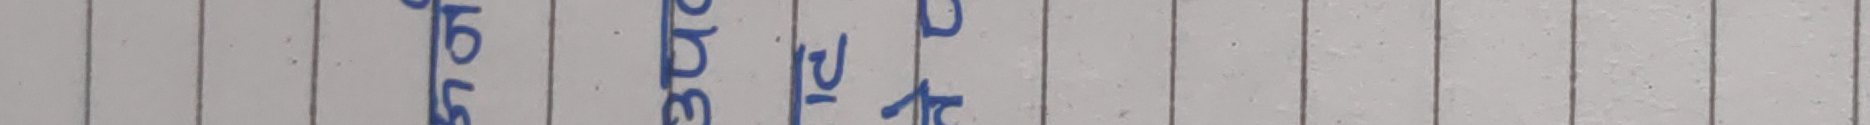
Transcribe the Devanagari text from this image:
श्री ३२ वट